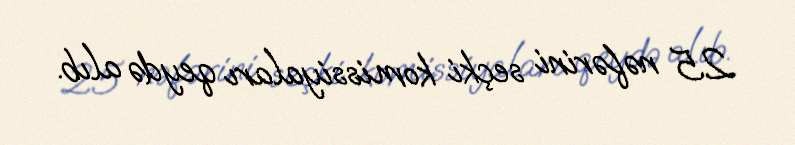
25 nəfərini seçki komissiyaları qeydə alıb.